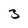
Character: 3